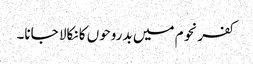
کفرنحوم میں بدروحوں کا نکالا جانا۔